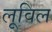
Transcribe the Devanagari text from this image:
लूविल